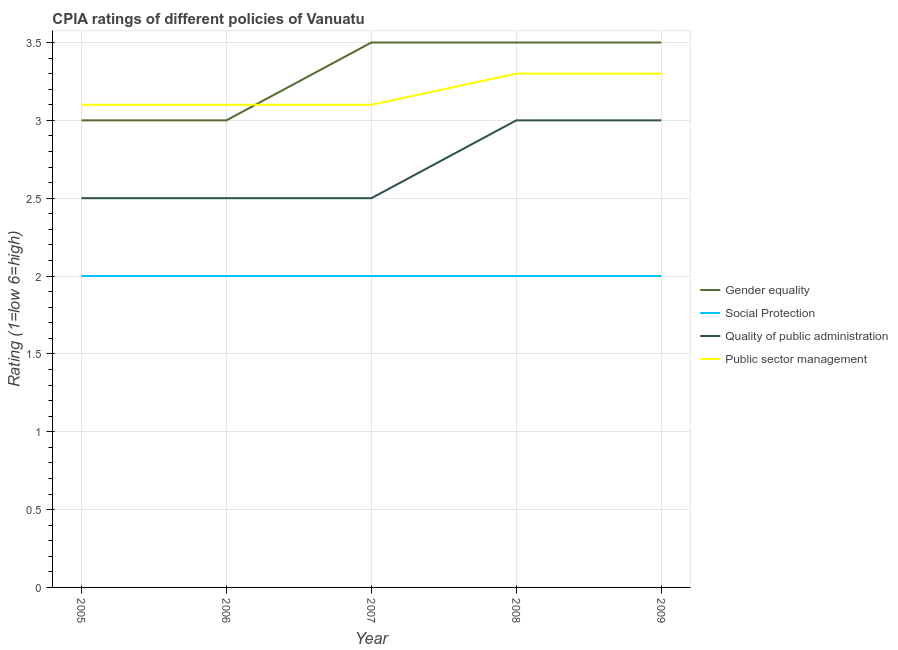
| Year | Gender equality | Social Protection | Quality of public administration | Public sector management |
 | --- | --- | --- | --- | --- |
 | 2005 | 3 | 2 | 2.5 | 3.1 |
 | 2006 | 3 | 2 | 2.5 | 3.1 |
 | 2007 | 3.5 | 2 | 2.5 | 3.1 |
 | 2008 | 3.5 | 2 | 3 | 3.3 |
 | 2009 | 3.5 | 2 | 3 | 3.3 |